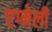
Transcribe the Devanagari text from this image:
एग्नेली